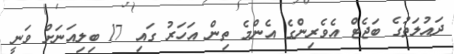
ދައުލަތުގެ ބަޖެޓް އެވެރިންގެ އެންމެ ތިން އަހަރު ގައި 17 ބިލިއަނަށް ވަނީ